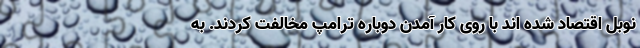
نوبل اقتصاد شده اند با روی کار آمدن دوباره ترامپ مخالفت کردند. به